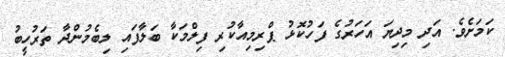
ކަމަށެވެ. އަދި މިދިޔަ އަހަރުގެ ފަހުކޮޅު ޕްރިމިއާކުރި ފިލްމަކާ ބަލާފައި ލިބެމުންދާ ތަރުހީބު